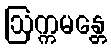
ဩက္ကမန္တေ